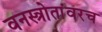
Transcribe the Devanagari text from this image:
वनस्त्रोतांवरच